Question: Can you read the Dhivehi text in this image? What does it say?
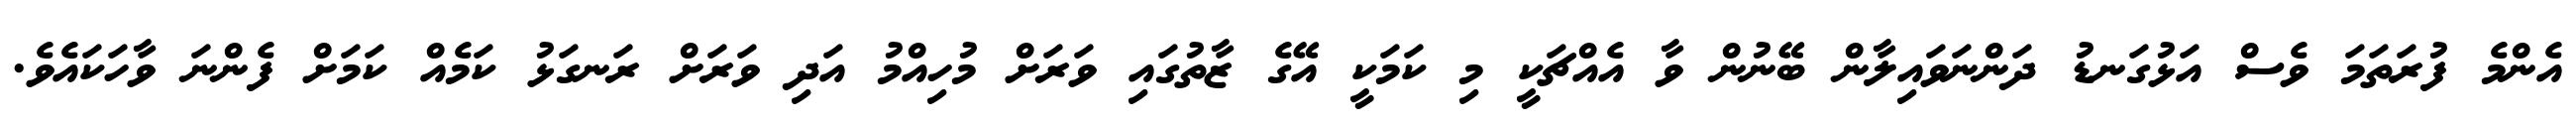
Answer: އެންމެ ފުރަތަމަ ވެސް އަޅުގަނޑު ދަންނަވައިލާން ބޭނުން ވާ އެއްޗަކީ މި ކަމަކީ އޭގެ ޒާތުގައި ވަރަށް މުހިއްމު އަދި ވަރަށް ރަނގަޅު ކަމެއް ކަމަށް ފެންނަ ވާހަކައެވެ.